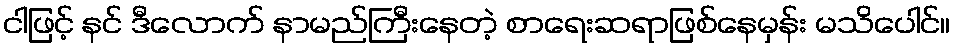
ငါဖြင့် နင် ဒီလောက် နာမည်ကြီးနေတဲ့ စာရေးဆရာဖြစ်နေမှန်း မသိပေါင်။